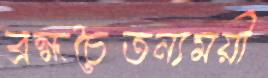
ব্রহ্মচৈতন্যময়ী